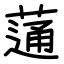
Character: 蓪